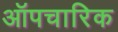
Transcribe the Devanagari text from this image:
ऑपचारिक